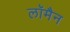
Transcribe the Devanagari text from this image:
लॉमैन